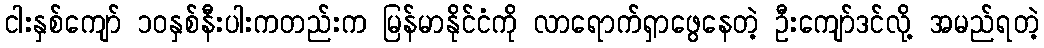
ငါးနှစ်ကျော် ၁၀နှစ်နီးပါးကတည်းက မြန်မာနိုင်ငံကို လာရောက်ရှာဖွေနေတဲ့ ဦးကျော်ဒင်လို့ အမည်ရတဲ့